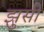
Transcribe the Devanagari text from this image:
झुसी